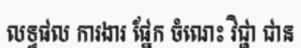
លទ្ធផល ការងារ ផ្នែក ចំណេះ វិជ្ជា ជាន